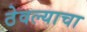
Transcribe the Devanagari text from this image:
ठेवल्याचा